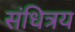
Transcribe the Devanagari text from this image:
संधित्रय